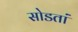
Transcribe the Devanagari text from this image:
सोडतां